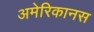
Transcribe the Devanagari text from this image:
अमेरिकानस